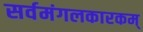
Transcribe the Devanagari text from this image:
सर्वमंगलकारकम्